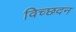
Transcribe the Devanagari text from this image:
विच्छदन